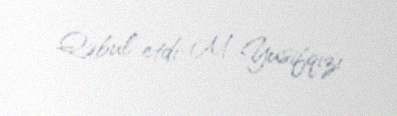
Qəbul etdi: M. Yusifqızı